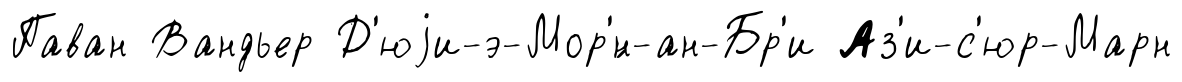
Паван Вандьер Д'юjи-э-Мор'́н-ан-Бр'и Аз'и-с'юр-Марн